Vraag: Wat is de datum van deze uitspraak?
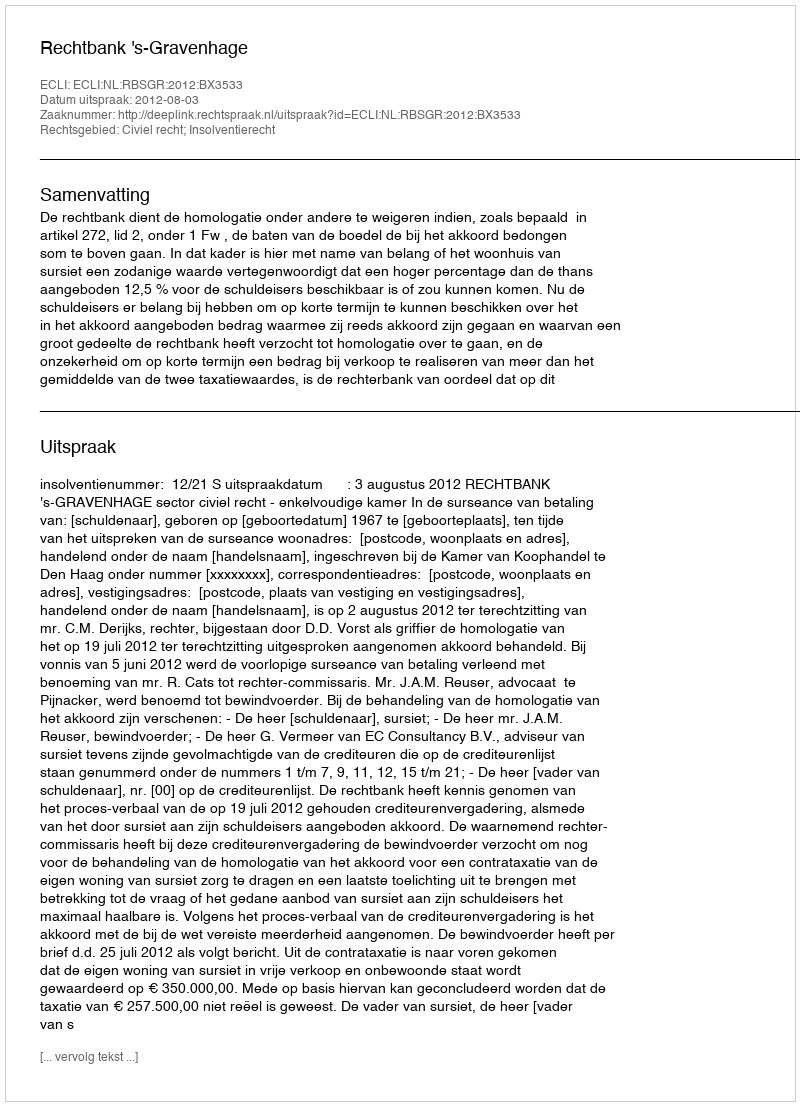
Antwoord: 2012-08-03